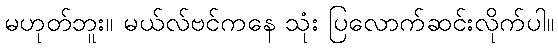
မဟုတ်ဘူး။ မယ်လ်ဗင်ကနေ သုံး ပြလောက်ဆင်းလိုက်ပါ။